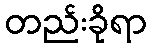
တည်းခိုရာ